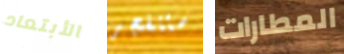
الأبتعاد ستنفجر المطارات